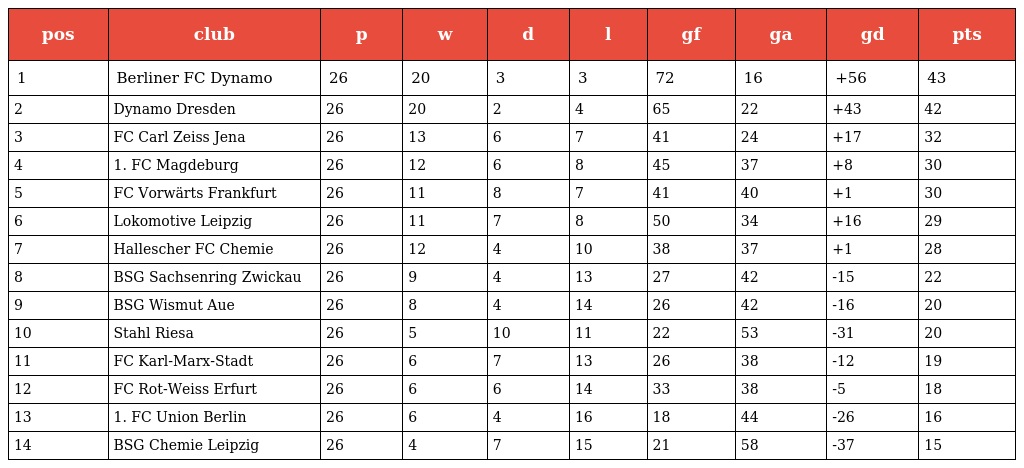
| pos | club | p | w | d | l | gf | ga | gd | pts |
 | --- | --- | --- | --- | --- | --- | --- | --- | --- | --- |
 | 1 | Berliner FC Dynamo | 26 | 20 | 3 | 3 | 72 | 16 | +56 | 43 |
 | 2 | Dynamo Dresden | 26 | 20 | 2 | 4 | 65 | 22 | +43 | 42 |
 | 3 | FC Carl Zeiss Jena | 26 | 13 | 6 | 7 | 41 | 24 | +17 | 32 |
 | 4 | 1. FC Magdeburg | 26 | 12 | 6 | 8 | 45 | 37 | +8 | 30 |
 | 5 | FC Vorwärts Frankfurt | 26 | 11 | 8 | 7 | 41 | 40 | +1 | 30 |
 | 6 | Lokomotive Leipzig | 26 | 11 | 7 | 8 | 50 | 34 | +16 | 29 |
 | 7 | Hallescher FC Chemie | 26 | 12 | 4 | 10 | 38 | 37 | +1 | 28 |
 | 8 | BSG Sachsenring Zwickau | 26 | 9 | 4 | 13 | 27 | 42 | -15 | 22 |
 | 9 | BSG Wismut Aue | 26 | 8 | 4 | 14 | 26 | 42 | -16 | 20 |
 | 10 | Stahl Riesa | 26 | 5 | 10 | 11 | 22 | 53 | -31 | 20 |
 | 11 | FC Karl-Marx-Stadt | 26 | 6 | 7 | 13 | 26 | 38 | -12 | 19 |
 | 12 | FC Rot-Weiss Erfurt | 26 | 6 | 6 | 14 | 33 | 38 | -5 | 18 |
 | 13 | 1. FC Union Berlin | 26 | 6 | 4 | 16 | 18 | 44 | -26 | 16 |
 | 14 | BSG Chemie Leipzig | 26 | 4 | 7 | 15 | 21 | 58 | -37 | 15 |